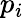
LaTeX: p_{i}